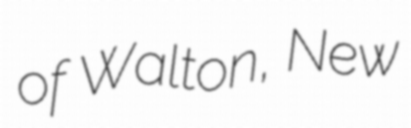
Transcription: of Walton, New